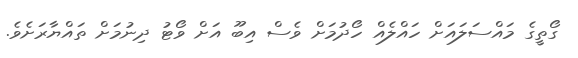
ގޯތީގެ މައްސަލައަށް ހައްލެއް ހޯދުމަށް ވެސް އިބޫ އަށް ވޯޓު ދިނުމަށް ތައްޔާރަށެވެ.